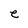
Character: e